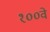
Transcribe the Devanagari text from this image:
१००वे